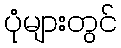
ပုံများတွင်